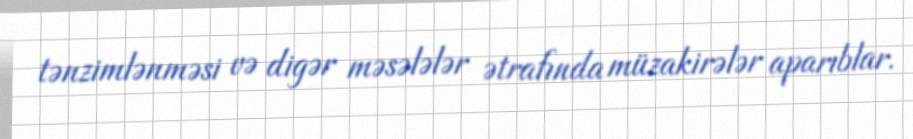
tənzimlənməsi və digər məsələlər ətrafında müzakirələr aparıblar.